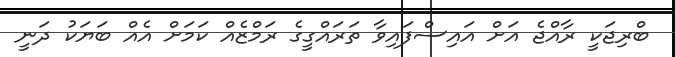
ބްރިޖަކީ ރާއްޖެ އަށް އައިސްފައިވާ ތަރައްގީގެ ރަމްޒެއް ކަމަށް އެއް ބަޔަކު ދަނީ